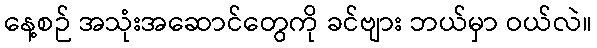
နေ့စဉ် အသုံးအဆောင်တွေကို ခင်ဗျား ဘယ်မှာ ဝယ်လဲ။